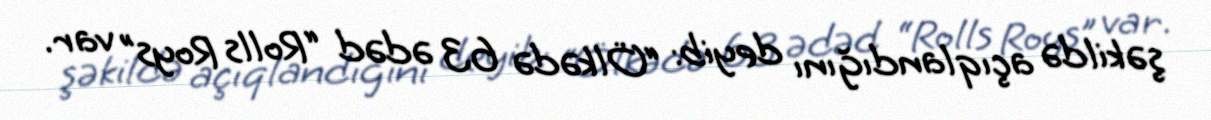
şəkildə açıqlandığını deyib: “Ölkədə 63 ədəd “Rolls Roys” var.